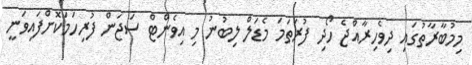
މިމުބާރާތުގައި ދިވެހިރާއްޖެ ހޯދި ފުރަތަމަ މެޑަލް ލިބުނު މި އިވެންޓް ސަޖަން ފުރިހަމަކޮށްފައިވަނީ